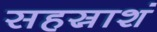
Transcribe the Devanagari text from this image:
सहस्राशं